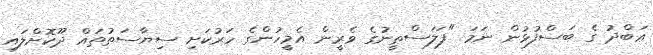
ޢަބްދު ގެ ބަސްފުޅުން ނަމަ "ފަލަސްޠީނުގެ ވެރީން އެމީހުންގެ ހަރުކަށި ސިޔާސަތުތައް ދޫކޮށްލައި